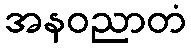
အနဝညာတံ